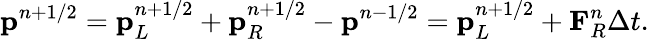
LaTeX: \mathbf{p}^{n+1/2}=\mathbf{p}_{L}^{n+1/2}+\mathbf{p}_{R}^{n+1/2}-\mathbf{p}^{n-1/2}=\mathbf{p}_{L}^{n+1/2}+\mathbf{F}_{R}^{n}\Delta t.